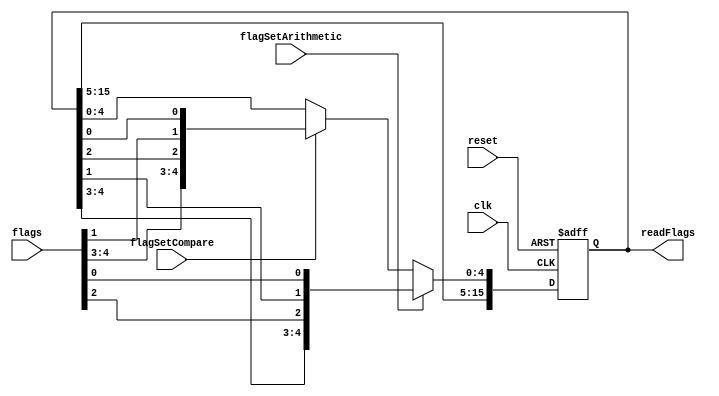
// PSR MODULE
/*************************************************************/

module PSR #(parameter WIDTH = 16) (
       input                clk, reset,
       input  [WIDTH-1:0]   flags, 
       input flagSetArithmetic, flagSetCompare,
       output [WIDTH-1:0]   readFlags
);

       reg  [WIDTH-1:0] RAM; //Register file is 16 bits wide and 1 register deep
	
       initial begin
          RAM <= 16'd0; //Clear the register
       end

      always @(negedge reset, posedge clk) begin
         if(~reset) begin
            RAM <= 16'd0; //Clear the register
         end
			else if (flagSetArithmetic) RAM[WIDTH-1:0] <= {readFlags[WIDTH-1:3], flags[2], readFlags[1], flags[0]}; // Overwrite C and F
         else if (flagSetCompare) RAM[WIDTH-1:0] <= {readFlags[WIDTH-1:5], flags[4:3], readFlags[2], flags[1], readFlags[0]}; // Overwrite N, L, Z
      end
      
       assign readFlags = RAM[WIDTH-1:0]; // assign the output
	
endmodule